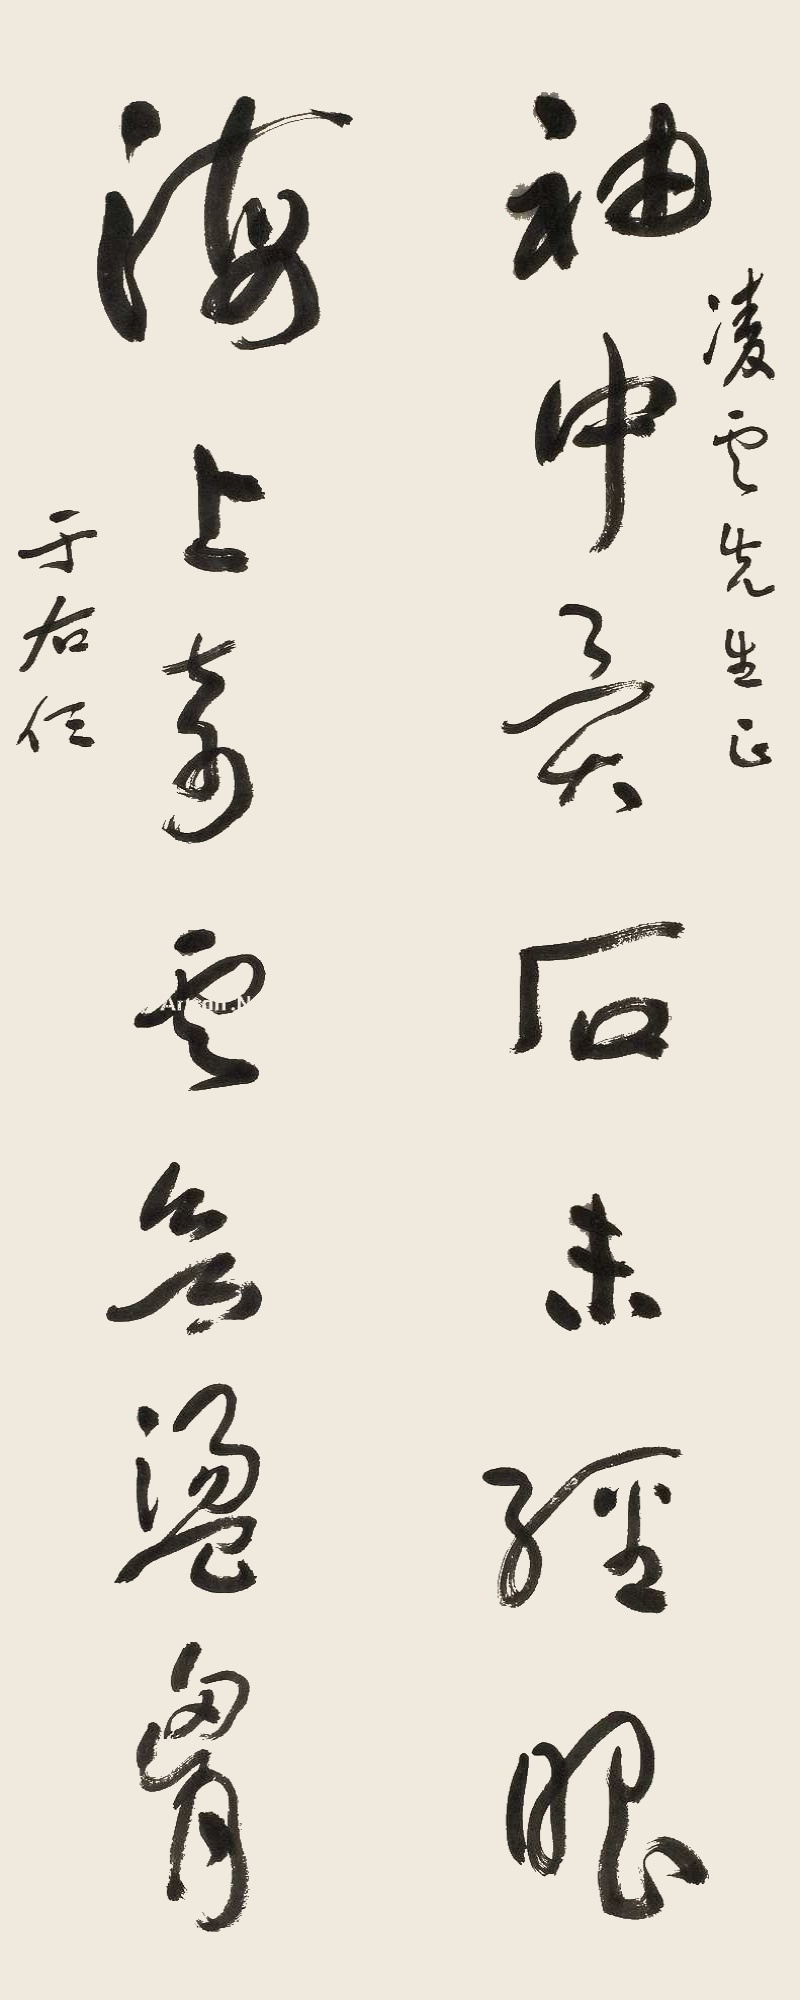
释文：袖中异石未经眼，海上奇云欲荡胸。凌云先生正，于右任。